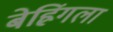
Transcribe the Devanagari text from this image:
बेह्रिंगला